Lunatic asylums Central Provinces reports 1886-1894 - 1886-1894
Year: 1886
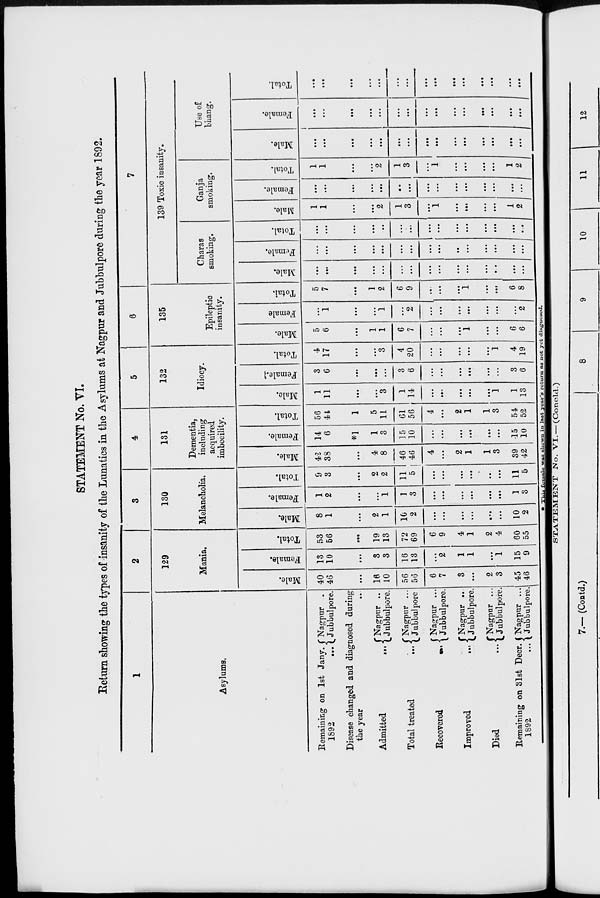
STATEMENT No. VI.
Return showing the types of insanity of the Lunatics in the Asylums at Nagpur and Jubbulpore during the year 1892.
1
Asylums.
Remaining on 1st Jany.
1892
...
Nagpur.
Jubbulpore.
Disease changed and diagnosed during
the year ...
Admitted
...
Total
treated...
Recovered
...
Improved
...
Died
...
Remaining on 31st Decr.
1892 ...
Nagpur ..
Jubbulpore.
Nagpur ...
Jubbulpore
Nagpur ...
Jubbulpore.
Nagpur ..
Jubbulpore.
Nagpur ...
Jubbulpore.
Nagpur ...
Jubbulpore.
2
129
Mania.
Male.
40
46
...
16
10
56
56
6
7
3
...
2
3
45
46
Female.
13
10
...
3
3
16
13
...
2
1
1
...
1
15
9
Total.
53
56
...
19
13
72
69
6
9
4
1
2
4
60
55
3
130
Melancholia.
Male.
8
1
...
2
1
10
2
...
...
...
...
...
...
10
2
Female.
1
2
...
...
1
1
3
...
...
...
...
...
...
1
3
Total.
9
3
...
2
2
11
5
...
...
...
...
...
...
11
5
4
131
Dementia,
including
acquired
imbecility.
Male.
42
38
...
4
8
46
46
4
...
2
1
1
3
39
42
Female.
14
6
*1
1
3
15
10
...
...
...
...
...
...
15
10
Total.
56
44
1
5
11
61
56
4
...
2
1
1
3
54
52
5
132
Idiocy.
Male.
1
11
...
...
3
1
14
...
...
...
...
...
1
1
13
Female.
3
6
...
...
...
3
6
...
...
...
...
...
...
3
6
Total.
4
17
...
...
3
4
20
...
...
...
...
...
1
4
19
6
135
Epileptic
insanity.
Male.
5
6
...
1
1
6
7
...
...
...
1
...
...
6
6
Female
...
1
...
...
1
...
2
...
...
...
...
...
...
...
2
Total.
5
7
...
1
2
6
9
...
...
...
1
...
...
6
8
7
139 Toxic insanity.
Charas
smoking.
Male.
...
...
...
...
...
...
...
...
...
...
...
...
...
...
...
Female.
...
...
...
...
...
...
...
...
...
..
...
...
...
...
...
Total.
...
...
...
...
..
...
...
...
...
...
...
...
...
...
...
Ganja
smoking.
Male.
1
1
...
...
2
1
3
...
1
...
...
...
...
1
2
Female.
...
...
...
...
...
...
...
...
...
...
...
...
...
...
...
Total.
1
1
...
...
2
1
3
...
1
...
...
...
...
1
2
Use of
bhang.
Male.
...
...
...
...
...
...
...
...
...
...
...
...
...
...
...
Female.
...
...
...
...
...
...
...
...
...
...
...
...
...
...
...
Total.
...
...
...
...
...
...
...
...
...
...
...
...
...
...
...
* This female was shown in last year's return as not yet diagnosed.